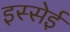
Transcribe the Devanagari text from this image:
इस्सेई